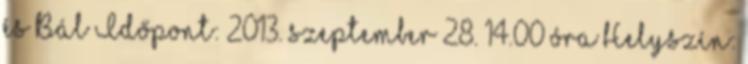
és Bál Időpont: 2013. szeptember 28. 14.00 óra Helyszín: